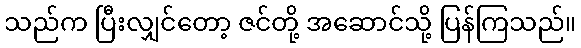
သည်က ပြီးလျှင်တော့ ဇင်တို့ အဆောင်သို့ ပြန်ကြသည်။